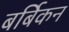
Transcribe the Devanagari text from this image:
बर्बिकन